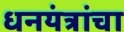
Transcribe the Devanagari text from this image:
धनयंत्रांचा